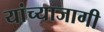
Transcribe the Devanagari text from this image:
यांच्याजागी